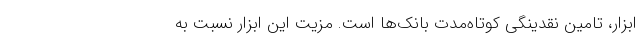
ابزار، تامین نقدینگی کوتاه‌مدت بانک‌ها است. مزیت این ابزار نسبت به